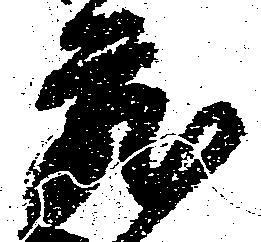
蔵